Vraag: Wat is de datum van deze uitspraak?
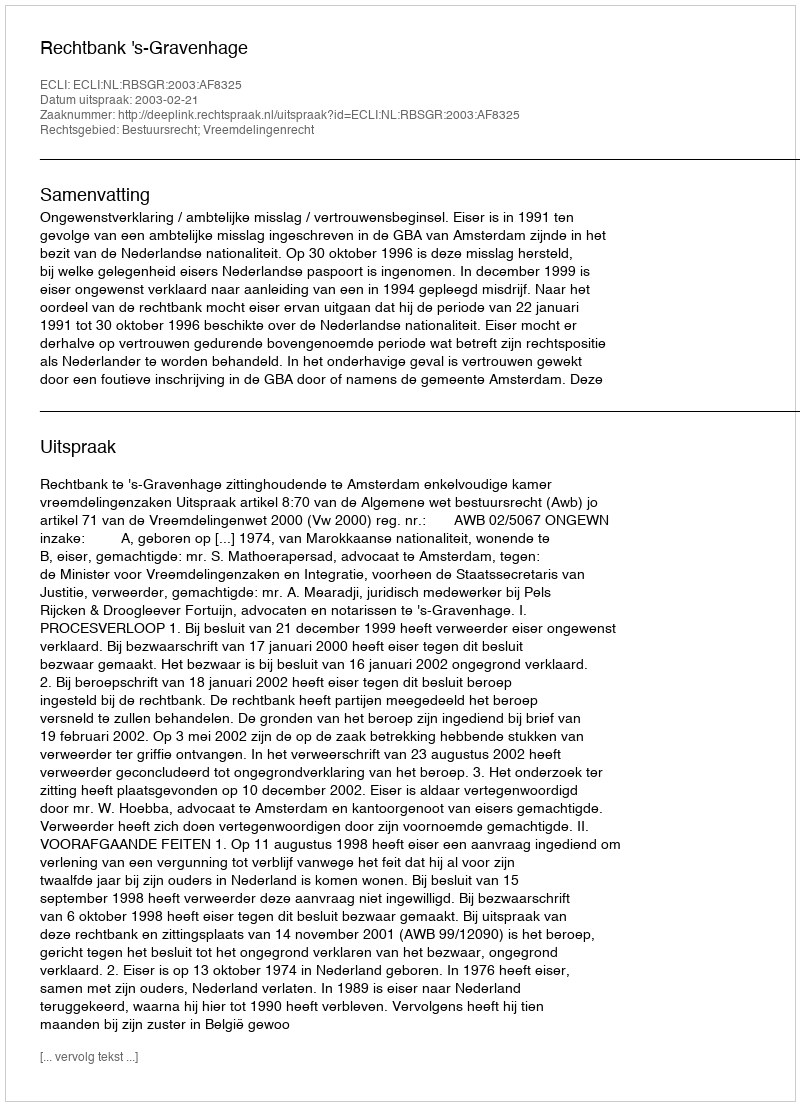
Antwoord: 2003-02-21